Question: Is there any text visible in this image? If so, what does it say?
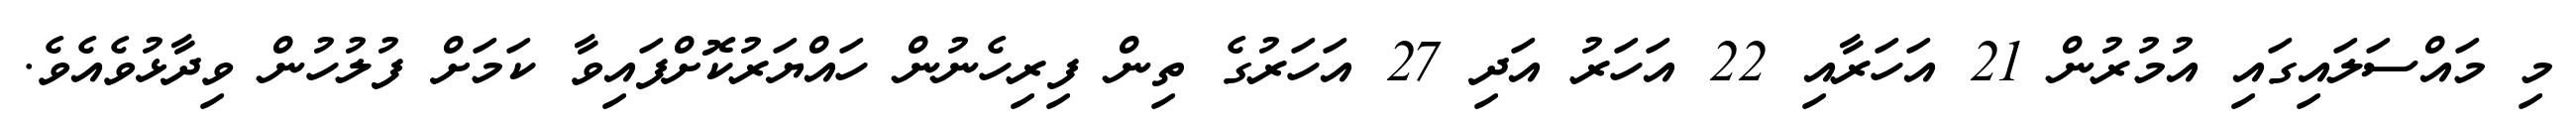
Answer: މި މައްސަލައިގައި އުމުރުން 21 އަހަރާއި 22 އަހަރު އަދި 27 އަހަރުގެ ތިން ފިރިހެނުން ހައްޔަރުކޮށްފައިވާ ކަމަށް ފުލުހުން ވިދާޅުވެއެވެ.